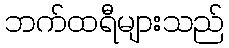
ဘက်ထရီများသည်